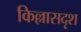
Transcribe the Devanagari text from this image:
किल्लासदृश